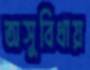
অসুবিধায়